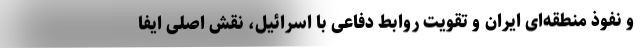
و نفوذ منطقه‌ای ایران و تقویت روابط دفاعی با اسرائیل، نقش اصلی ایفا